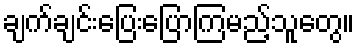
ချက်ချင်းပြေးပြောကြမည့်သူတွေ။